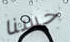
حسنا